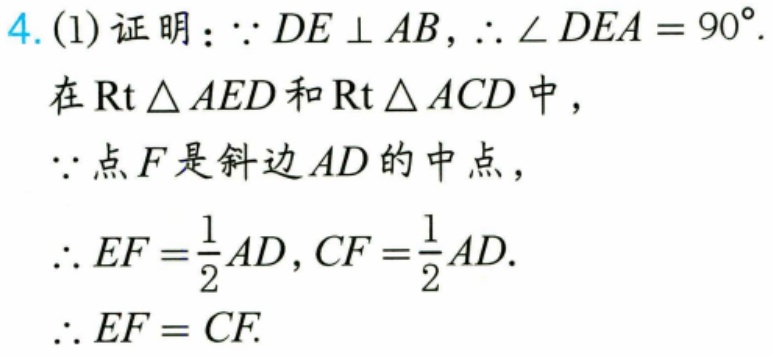
4. (1) 证明：$\because DE\perp AB,\therefore\angle DEA = 90^{\circ}.$
在$\mathrm{Rt}\triangle AED$和$\mathrm{Rt}\triangle ACD$中，
$\because$点$F$是斜边$AD$的中点，
$\therefore EF=\frac{1}{2}AD,CF = \frac{1}{2}AD.$
$\therefore EF = CF.$